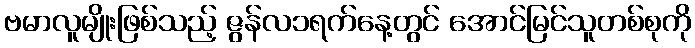
ဗမာလူမျိုးဖြစ်သည့် ဇွန်လ၁ရက်နေ့တွင် အောင်မြင်သူတစ်စုကို